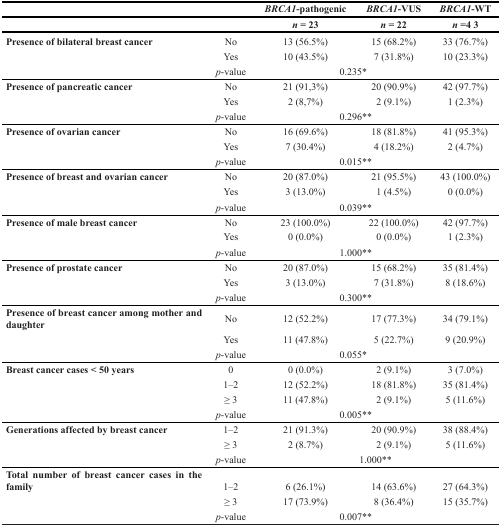
<table><thead><tr><td></td><td></td><td><b><i>BRCA1</i>-pathogenic</b></td><td><b><i>BRCA1</i>-VUS</b></td><td><b><i>BRCA1</i>-WT</b></td></tr><tr><td></td><td></td><td><b><i>n</i> = 23</b></td><td><b><i>n</i> = 22</b></td><td><b><i>n</i> =4 3</b></td></tr></thead><tbody><tr><td><b>Presence of bilateral breast cancer</b></td><td>No</td><td>13 (56.5%)</td><td>15 (68.2%)</td><td>33 (76.7%)</td></tr><tr><td></td><td>Yes</td><td>10 (43.5%)</td><td>7 (31.8%)</td><td>10 (23.3%)</td></tr><tr><td></td><td><i>p</i>-value</td><td colspan="3">0.235*</td></tr><tr><td><b>Presence of pancreatic cancer</b></td><td>No</td><td>21 (91,3%)</td><td>20 (90.9%)</td><td>42 (97.7%)</td></tr><tr><td></td><td>Yes</td><td>2 (8,7%)</td><td>2 (9.1%)</td><td>1 (2.3%)</td></tr><tr><td></td><td><i>p</i>-value</td><td colspan="3">0.296**</td></tr><tr><td><b>Presence of ovarian cancer</b></td><td>No</td><td>16 (69.6%)</td><td>18 (81.8%)</td><td>41 (95.3%)</td></tr><tr><td></td><td>Yes</td><td>7 (30.4%)</td><td>4 (18.2%)</td><td>2 (4.7%)</td></tr><tr><td></td><td><i>p</i>-value</td><td colspan="3">0.015**</td></tr><tr><td><b>Presence of breast and ovarian cancer</b></td><td>No</td><td>20 (87.0%)</td><td>21 (95.5%)</td><td>43 (100.0%)</td></tr><tr><td></td><td>Yes</td><td>3 (13.0%)</td><td>1 (4.5%)</td><td>0 (0.0%)</td></tr><tr><td></td><td><i>p</i>-value</td><td colspan="3">0.039**</td></tr><tr><td><b>Presence of male breast cancer</b></td><td>No</td><td>23 (100.0%)</td><td>22 (100.0%)</td><td>42 (97.7%)</td></tr><tr><td></td><td>Yes</td><td>0 (0.0%)</td><td>0 (0.0%)</td><td>1 (2.3%)</td></tr><tr><td></td><td><i>p</i>-value</td><td colspan="3">1.000**</td></tr><tr><td><b>Presence of prostate cancer</b></td><td>No</td><td>20 (87.0%)</td><td>15 (68.2%)</td><td>35 (81.4%)</td></tr><tr><td></td><td>Yes</td><td>3 (13.0%)</td><td>7 (31.8%)</td><td>8 (18.6%)</td></tr><tr><td></td><td><i>p</i>-value</td><td colspan="3">0.300**</td></tr><tr><td><b>Presence of breast cancer among mother and daughter</b></td><td>No</td><td>12 (52.2%)</td><td>17 (77.3%)</td><td>34 (79.1%)</td></tr><tr><td></td><td>Yes</td><td>11 (47.8%)</td><td>5 (22.7%)</td><td>9 (20.9%)</td></tr><tr><td></td><td><i>p</i>-value</td><td colspan="3">0.055*</td></tr><tr><td><b>Breast cancer cases &lt; 50 years</b></td><td>0</td><td>0 (0.0%)</td><td>2 (9.1%)</td><td>3 (7.0%)</td></tr><tr><td></td><td>1–2</td><td>12 (52.2%)</td><td>18 (81.8%)</td><td>35 (81.4%)</td></tr><tr><td></td><td>≥ 3</td><td>11 (47.8%)</td><td>2 (9.1%)</td><td>5 (11.6%)</td></tr><tr><td></td><td><i>p</i>-value</td><td colspan="3">0.005**</td></tr><tr><td><b>Generations affected by breast cancer</b></td><td>1–2</td><td>21 (91.3%)</td><td>20 (90.9%)</td><td>38 (88.4%)</td></tr><tr><td></td><td>≥ 3</td><td>2 (8.7%)</td><td>2 (9.1%)</td><td>5 (11.6%)</td></tr><tr><td></td><td><i>p</i>-value</td><td colspan="3">1.000**</td></tr><tr><td><b>Total number of breast cancer cases in the family</b></td><td>1–2</td><td>6 (26.1%)</td><td>14 (63.6%)</td><td>27 (64.3%)</td></tr><tr><td></td><td>≥ 3</td><td>17 (73.9%)</td><td>8 (36.4%)</td><td>15 (35.7%)</td></tr><tr><td></td><td><i>p</i>-value</td><td colspan="3">0.007**</td></tr></tbody></table>